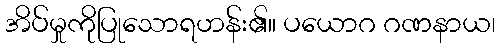
အိပ်မှုကိုပြုသောရဟန်း၏။ ပယောဂ ဂဏနာယ၊